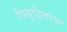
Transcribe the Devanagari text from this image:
विद्युद्वितरण